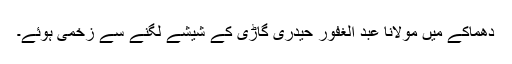
دھماکے میں مولانا عبد الغفور حیدری گاڑی کے شیشے لگنے سے زخمی ہوئے۔